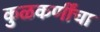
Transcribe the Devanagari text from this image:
कुळकर्णींचा